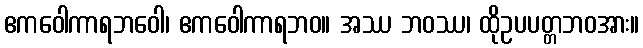
ဧကဝေါကာရဘဝေါ၊ ဧကဝေါကာရဘဝ။ အဿ ဘဝဿ၊ ထိုဥပပတ္တဘဝအား။